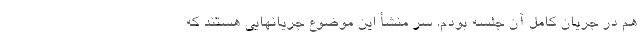
هم در جریان کامل آن جلسه بودم. سر منشأ این موضوع جریانهایی هستند که